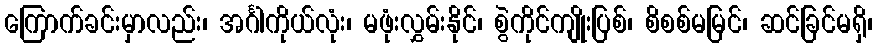
ကြောက်ခင်းမှာလည်း၊ အင်္ဂါကိုယ်လုံး၊ မဖုံးလွှမ်းနိုင်၊ စွဲကိုင်ကျိုးပြစ်၊ စိစစ်မမြင်၊ ဆင်ခြင်မရှိ၊